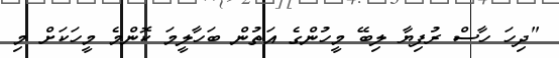
"ދިހަ ހާސް ރުފިޔާ ލިބޭ މީހުންގެ އަތުން ބަހާލީމަ ކޮންމެ މީހަކަށް މި